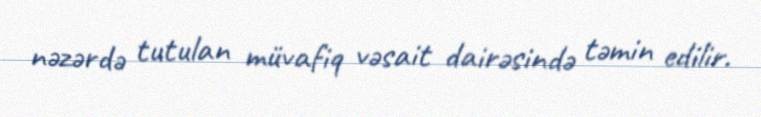
nəzərdə tutulan müvafiq vəsait dairəsində təmin edilir.